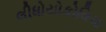
લીધોયોકોવિચ